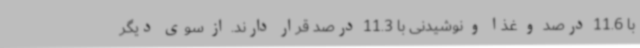
با 11.6 درصد و غذا و نوشیدنی با 11.3 درصد قرار دارند. از سوی دیگر